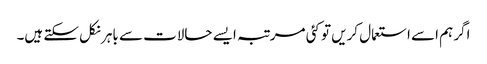
اگر ہم اسے استعمال کریں تو کئی مرتبہ ایسے حالات سے باہر نکل سکتے ہیں۔